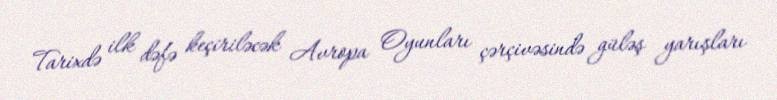
Tarixdə ilk dəfə keçiriləcək Avropa Oyunları çərçivəsində güləş yarışları